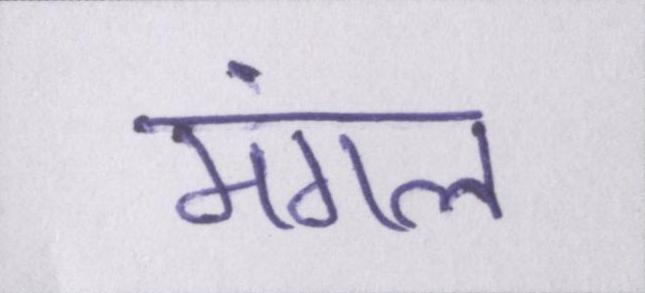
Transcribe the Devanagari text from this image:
मंगल